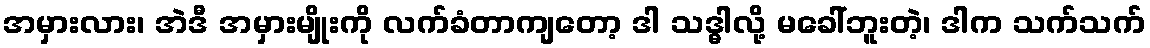
အမှားလား၊ အဲဒီ အမှားမျိုးကို လက်ခံတာကျတော့ ဒါ သဒ္ဓါလို့ မခေါ်ဘူးတဲ့၊ ဒါက သက်သက်